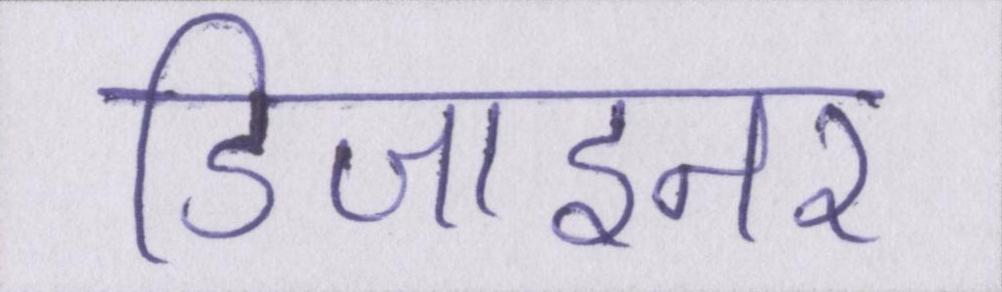
डिजाइनर